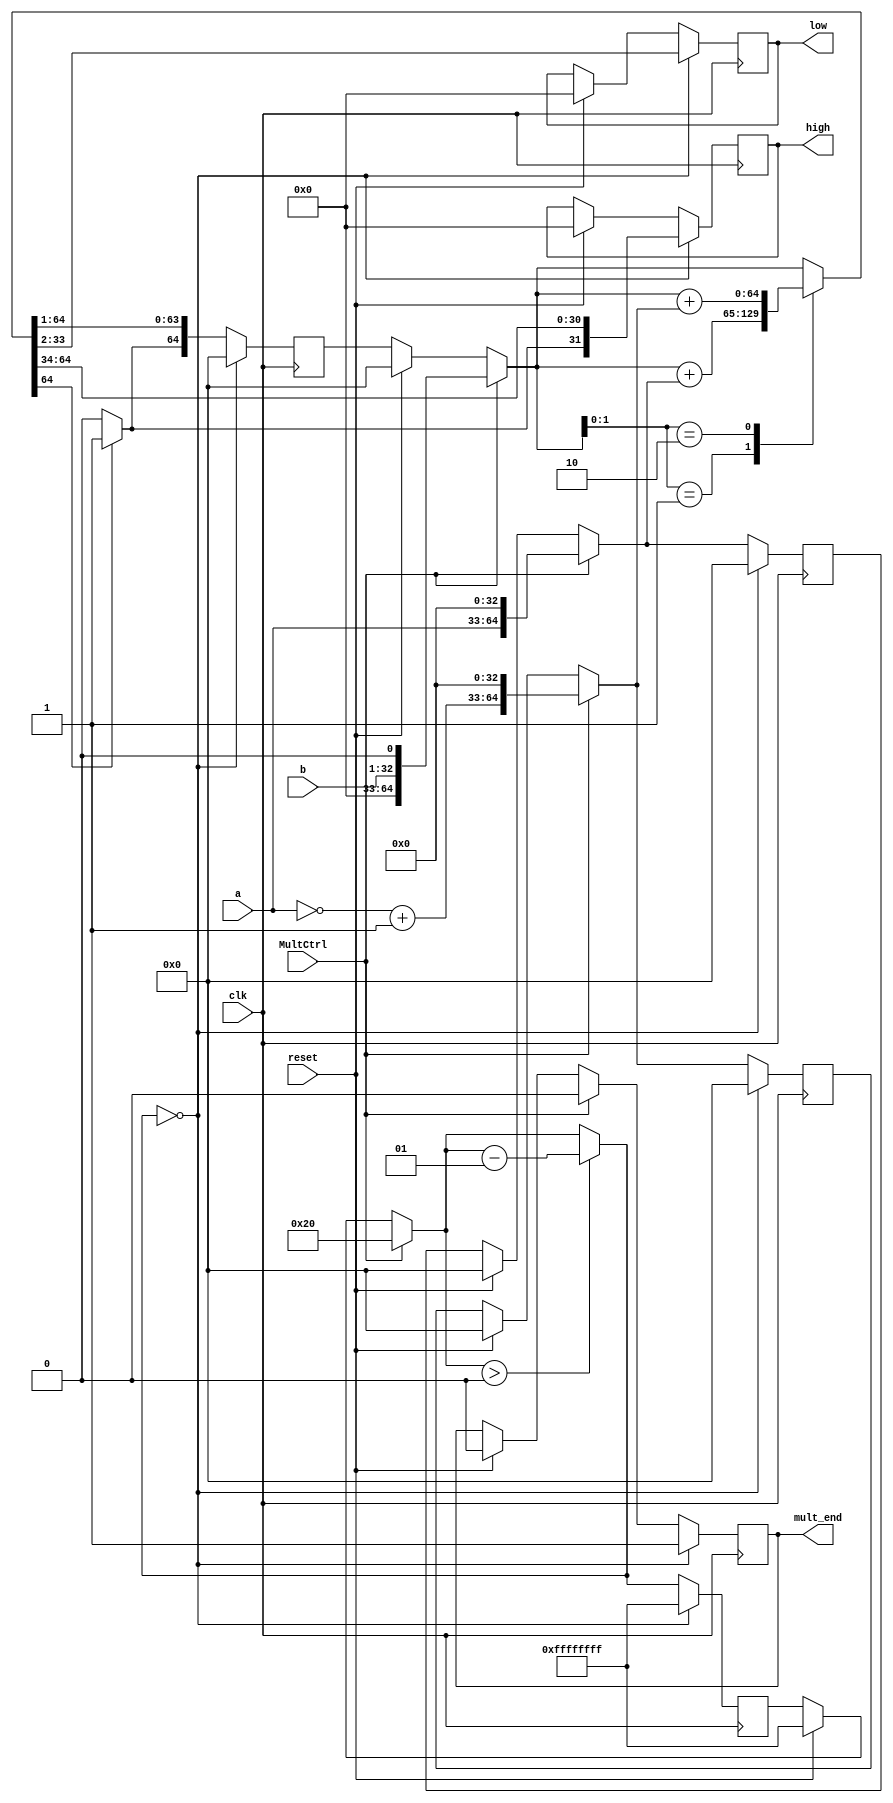
module mult(
    input wire clk,
    input wire MultCtrl,
    input wire reset,
    input wire [31:0] a,
    input wire [31:0] b,
    output reg [31:0] high,
    output reg [31:0] low,
    output reg mult_end

);

    integer cont = -1;
    reg [64:0] add;
    reg [64:0] sub;
    reg [64:0] produto;
    reg [31:0] comp;

    always @(posedge clk) begin
        if(reset == 1'b1) begin
            high = 32'b0;
            low = 32'b0;
            mult_end = 1'b0;
            add = 65'b0;
            sub = 65'b0;
            produto = 65'b0;
            comp = 32'b0;
            cont = -1;
        end
        if(MultCtrl == 1'b1) begin
            add = {a, 33'b0};
            comp = (~a + 1'b1);         // invert bits + add one
            sub = {comp, 33'b0}; 
            produto = {32'b0, b, 1'b0};
            cont = 32;
            mult_end = 1'b0;
        end

        case (produto[1:0])
            2'b01: produto = produto + add;
            2'b10: produto = produto + sub;
        endcase

        produto = produto >> 1;
        if(produto[63] == 1'b1) begin
            produto[64] = 1'b1;
        end
        
        if(cont > 0) begin
            cont = (cont - 1);
        end

        if(cont == 0) begin
            high = produto[64:33];
            low = produto[32:1];
            mult_end = 1'b1;

            // reseting
            add = 65'b0;
            sub = 65'b0;
            produto = 65'b0;
            cont = -1;
        end
    end

endmodule